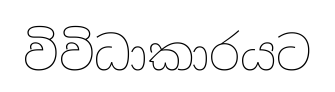
විවිධාකාරයට